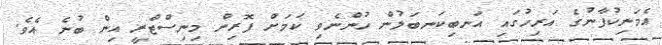
އެމަނިކުފާނުގެ އަރިހުގައި އަނބިކަނބަލުން ހުންނެވި ކަމަށް ފޮރިން މިނިސްޓްރީ އިން ބުނެ އެވެ.